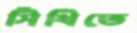
সিঁথিতে